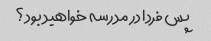
پس فردا در مدرسه خواهید بود؟